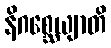
နိဂစ္ဆေယျာတိ